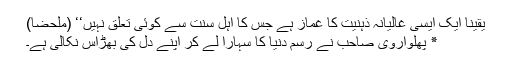
یقیناً ایک ایسی غالیانہ ذہنیت کا غماز ہے جس کا اہل سنت سے کوئی تعلق نہیں‘‘ (ملحضاً)
٭ پھلواروی صاحب نے رسم دنیا کا سہارا لے کر اپنے دل کی بھڑاس نکالی ہے۔